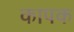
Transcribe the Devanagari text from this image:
कापक